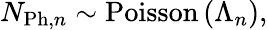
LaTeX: N_{\mathrm{Ph},n}\sim\mathrm{Poisson}\left(\Lambda_{n}\right),